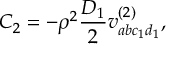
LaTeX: C _ { 2 } = - \rho ^ { 2 } \frac { D _ { 1 } } { 2 } v _ { a b c _ { 1 } d _ { 1 } } ^ { ( 2 ) } ,